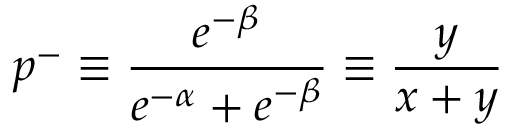
p ^ { - } \equiv \frac { e ^ { - \beta } } { e ^ { - \alpha } + e ^ { - \beta } } \equiv \frac { y } { x + y }